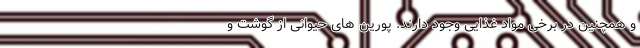
و همچنین در برخی مواد غذایی وجود دارند. پورین های حیوانی از گوشت و